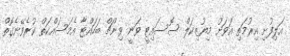
އަލިފުށި އިރުމަތި އަވަށު މިޔުޒިކަލް ސޮސައިޓީ ވަނީ ވިންޗް ބަހައްޓާ އެމަސައްކަތް ކުރެވޭނެގޮތް